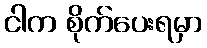
ငါက စိုက်ပေးရမှာ